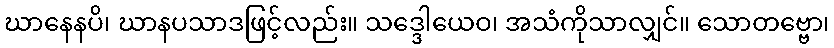
ဃာနေနပိ၊ ဃာနပသာဒဖြင့်လည်း။ သဒ္ဒေါယေဝ၊ အသံကိုသာလျှင်။ သောတဗ္ဗော၊